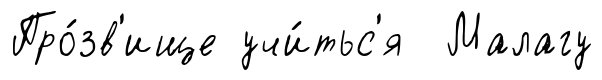
Про́зв'ище учи́тьс'я Малагу